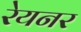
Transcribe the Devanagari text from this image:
रेयनर